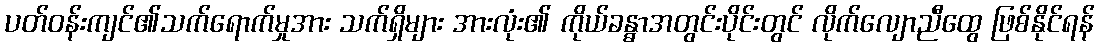
ပတ်ဝန်းကျင်၏သက်ရောက်မှုအား သက်ရှိများ အားလုံး၏ ကိုယ်ခန္ဓာအတွင်းပိုင်းတွင် လိုက်လျောညီထွေ ဖြစ်နိုင်ရန်